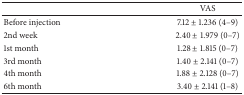
<table><thead><tr><td><b> </b></td><td><b>VAS</b></td></tr></thead><tbody><tr><td>Before injection</td><td>7.12 ± 1.236 (4–9)</td></tr><tr><td>2nd week</td><td>2.40 ± 1.979 (0–7)</td></tr><tr><td>1st month</td><td>1.28 ± 1.815 (0–7)</td></tr><tr><td>3rd month</td><td>1.40 ± 2.141 (0–7)</td></tr><tr><td>4th month</td><td>1.88 ± 2.128 (0–7)</td></tr><tr><td>6th month</td><td>3.40 ± 2.141 (1–8)</td></tr></tbody></table>